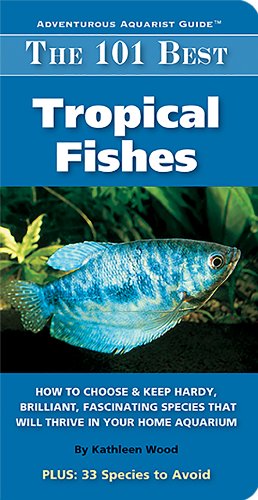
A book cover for The 101 Best Tropical Fishes: How to Choose & Keep Hardy, Brilliant, Fascinating Species That Will Thrive in Your Home Aquarium (Adventurous Aquarist Guide); Kathleen Wood; Crafts, Hobbies & Home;